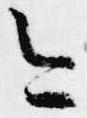
今